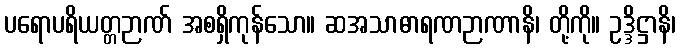
ပရောပရိယတ္တဉာဏ် အစရှိကုန်သော။ ဆအသာဓာရဏဉာဏာနိ၊ တို့ကို။ ဥဒ္ဒိဋ္ဌာနိ၊